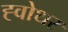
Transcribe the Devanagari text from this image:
ह्वोथर